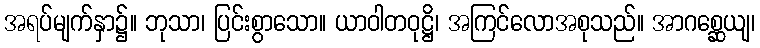
အရပ်မျက်နှာ၌။ ဘုသာ၊ ပြင်းစွာသော။ ယာဝါတဝုဋ္ဌိ၊ အကြင်လောအစုသည်။ အာဂစ္ဆေယျ၊